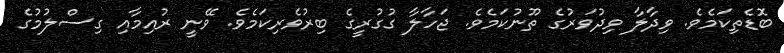
ބޮޑެތިކަމެވެ. ވިދާލާ ވިދުވަރުގެ ތޫނުކަމެވެ. ޖަހާލާ ގުގުރީގެ ބިރުވެރިކަމެވެ. ވޭނީ ރުއިމާއި ގިސްލުމުގެ